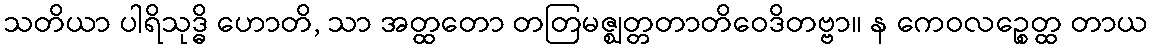
သတိယာ ပါရိသုဒ္ဓိ ဟောတိ, သာ အတ္ထတော တတြမဇ္ဈတ္တတာတိဝေဒိတဗ္ဗာ။ န ကေဝလဉ္စေတ္ထ တာယ